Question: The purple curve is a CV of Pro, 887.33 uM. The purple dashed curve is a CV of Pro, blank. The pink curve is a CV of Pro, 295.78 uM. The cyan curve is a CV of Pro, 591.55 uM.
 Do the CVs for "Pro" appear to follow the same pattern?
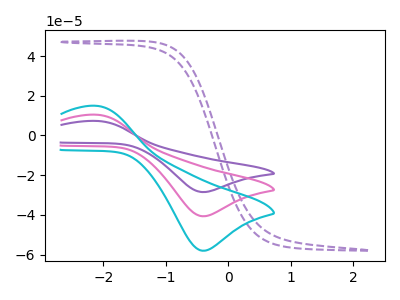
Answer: <think>The purple curve "Pro, 887.33 uM" has an anodic peak at (-2.10V, 20.90uA) and a cathodic peak at (-0.40V, -81.35uA). The purple dashed curve "Pro, blank" has no peaks. The pink curve "Pro, 295.78 uM" has an anodic peak at (-2.10V, 10.45uA) and a cathodic peak at (-0.40V, -40.70uA). The cyan curve "Pro, 591.55 uM" has an anodic peak at (-2.10V, 14.95uA) and a cathodic peak at (-0.40V, -58.05uA).
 "Pro, 887.33 uM" and "Pro, blank" have a different number of peaks. All the peaks in "Pro, 887.33 uM" have a peak in "Pro, 295.78 uM" at the same potential. Every peak in "Pro, 887.33 uM" is higher than every peak in "Pro, 295.78 uM". All the peaks in "Pro, 887.33 uM" have a peak in "Pro, 591.55 uM" at the same potential. Every peak in "Pro, 887.33 uM" is higher than every peak in "Pro, 591.55 uM". "Pro, blank" and "Pro, 295.78 uM" have a different number of peaks. "Pro, blank" and "Pro, 591.55 uM" have a different number of peaks. All the peaks in "Pro, 295.78 uM" have a peak in "Pro, 591.55 uM" at the same potential. Every peak in "Pro, 295.78 uM" is lower than every peak in "Pro, 591.55 uM".</think>
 <answer>All the CV's of "Pro" have similar shape.</answer>
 <eval>follow_rule</eval>